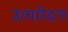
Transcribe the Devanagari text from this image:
उत्पाोदन